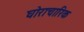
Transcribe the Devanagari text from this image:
घोराचारिक